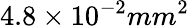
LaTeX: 4.8\times 10^{-2}mm^{2}